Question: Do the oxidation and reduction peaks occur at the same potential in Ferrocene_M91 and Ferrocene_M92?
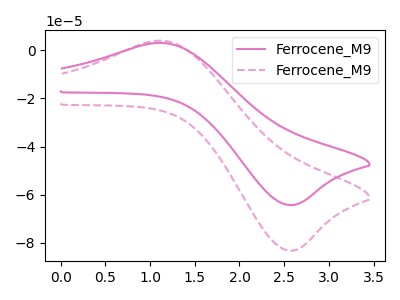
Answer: <think>The pink curve "Ferrocene_M91" has an anodic peak at (1.15V, 3.10uA) and a cathodic peak at (2.60V, -64.20uA). The pink dashed curve "Ferrocene_M92" has an anodic peak at (1.15V, 4.00uA) and a cathodic peak at (2.60V, -83.15uA).</think>
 <answer>Yes, "Ferrocene_M91" have a peak in "Ferrocene_M92" at the same potential.</answer>
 <eval>match</eval>